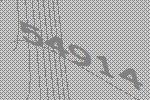
54914